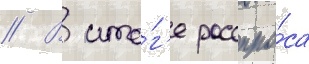
// В ито́г'е расспро́са